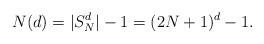
LaTeX: \begin{align*} N(d) = |S_N^d|-1= (2N+1)^d-1. \end{align*}